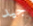
جيد